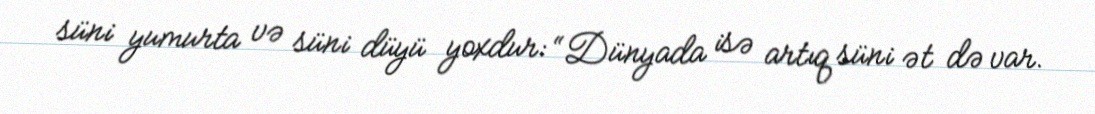
süni yumurta və süni düyü yoxdur: “Dünyada isə artıq süni ət də var.